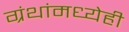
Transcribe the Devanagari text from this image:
ग्रंथांमध्येही